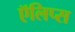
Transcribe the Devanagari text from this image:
ऍलिप्स